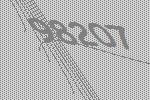
98207